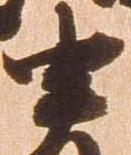
申